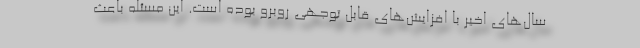
سال‌هاي اخير با افزايش‌هاي قابل توجهي روبرو بوده است. اين مسئله باعث